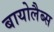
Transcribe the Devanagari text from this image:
बायोलैब्स